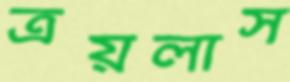
ত্রয়লাস